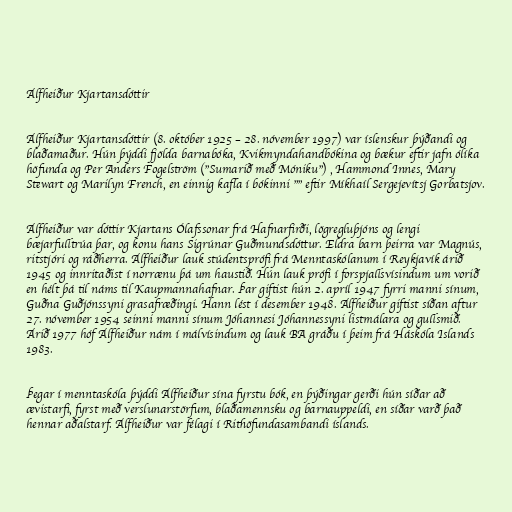
Álfheiður Kjartansdóttir

Álfheiður Kjartansdóttir (8. október 1925 – 28. nóvember 1997) var íslenskur þýðandi og
blaðamaður. Hún þýddi fjölda barnabóka, Kvikmyndahandbókina og bækur eftir jafn ólíka
höfunda og Per Anders Fogelström ("Sumarið með Móniku") , Hammond Innes, Mary
Stewart og Marilyn French, en einnig kafla í bókinni "" eftir Míkhaíl Sergejevítsj Gorbatsjov.

Álfheiður var dóttir Kjartans Ólafssonar frá Hafnarfirði, lögregluþjóns og lengi
bæjarfulltrúa þar, og konu hans Sigrúnar Guðmundsdóttur. Eldra barn þeirra var Magnús,
ritstjóri og ráðherra. Álfheiður lauk stúdentsprófi frá Menntaskólanum í Reykjavík árið
1945 og innritaðist í norrænu þá um haustið. Hún lauk prófi í forspjallsvísindum um vorið
en hélt þá til náms til Kaupmannahafnar. Þar giftist hún 2. apríl 1947 fyrri manni sínum,
Guðna Guðjónssyni grasafræðingi. Hann lést í desember 1948. Álfheiður giftist síðan aftur
27. nóvember 1954 seinni manni sínum Jóhannesi Jóhannessyni listmálara og gullsmið.
Árið 1977 hóf Álfheiður nám í málvísindum og lauk BA gráðu í þeim frá Háskóla Islands
1983.

Þegar í menntaskóla þýddi Álfheiður sína fyrstu bók, en þýðingar gerði hún síðar að
ævistarfi, fyrst með verslunarstörfum, blaðamennsku og barnauppeldi, en síðar varð það
hennar aðalstarf. Álfheiður var félagi í Rithöfundasambandi íslands.